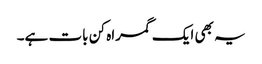
یہ بھی ایک گمراہ کن بات ہے۔